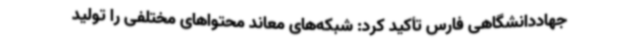
جهاددانشگاهی فارس تأکید کرد: شبکه‌های معاند محتواهای مختلفی را تولید